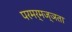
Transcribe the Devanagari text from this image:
परमर्मज्ञता